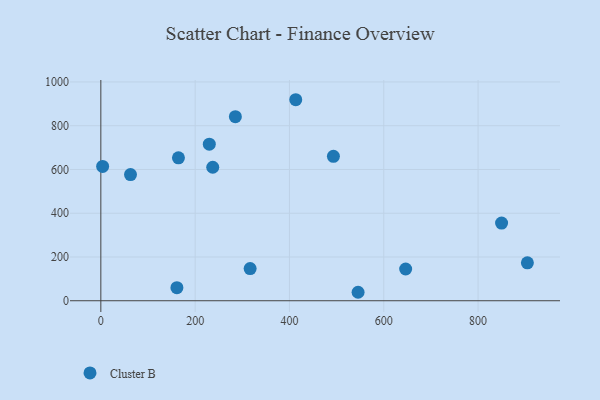
{"axis": {"x": "Experience", "y": "Fuel Efficiency"}, "legend": ["Cluster B"], "data": [{"x": "230.0", "y": 715.7, "type": "Cluster B"}, {"x": "646.4", "y": 145.0, "type": "Cluster B"}, {"x": "164.6", "y": 653.2, "type": "Cluster B"}, {"x": "3.8", "y": 614.0, "type": "Cluster B"}, {"x": "545.5", "y": 38.7, "type": "Cluster B"}, {"x": "904.5", "y": 173.5, "type": "Cluster B"}, {"x": "285.3", "y": 841.6, "type": "Cluster B"}, {"x": "413.3", "y": 918.9, "type": "Cluster B"}, {"x": "161.3", "y": 59.9, "type": "Cluster B"}, {"x": "316.6", "y": 147.0, "type": "Cluster B"}, {"x": "237.3", "y": 610.2, "type": "Cluster B"}, {"x": "62.9", "y": 576.7, "type": "Cluster B"}, {"x": "849.8", "y": 354.9, "type": "Cluster B"}, {"x": "493.2", "y": 660.1, "type": "Cluster B"}]}